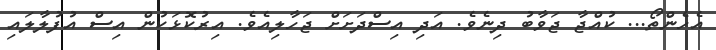
އެހެންތޯ... ކުއްޖާ ޖަވާބު ދިނެވެ. އަދި އިސްދަށަށް ޖަހާލިއެވެ. އިރުކޮޅަކުން އިސް އުފުލާލައި